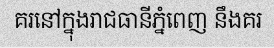
គរនៅក្នុងរាជធានីភ្នំពេញ នឹងគរ